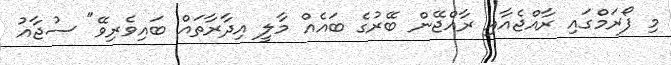
މި ފޯރަމްގައި ރާއްޖެއާއި ރާއްޖޭން ބޭރުގެ ބައެއް މާލީ އިދާރާތައް ބައިވެެރިވޭ" ސުޖާއު